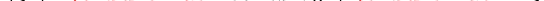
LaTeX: \smash{\gamma_{s}\neq\ensuremath{\mathrm{\ textsl{v}}_{0}}^{2}/\ensuremath{D_{s}}}